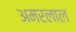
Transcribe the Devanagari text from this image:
अमरलाल